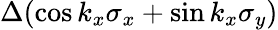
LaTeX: \Delta(\cos k_{x}\sigma_{x}+\sin k_{x}\sigma_{y})